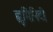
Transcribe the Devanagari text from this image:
ह्यूमिनिटी